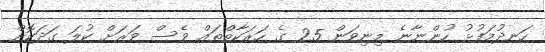
ހަނދުމަފުޅު ހުންނާނެ މިނިވަން 25 ގެ ހަރަކާތްތައް ވެސް ވަރަށް ކުލަ ގަދަކޮށް